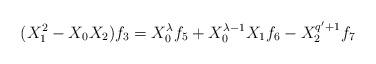
LaTeX: \begin{align*}(X_{1}^2-X_{0}X_{2})f_{3}=X_{0}^{\lambda}f_{5}+X_{0}^{\lambda-1}X_{1}f_{6}-X_{2}^{q'+1}f_{7}\end{align*}